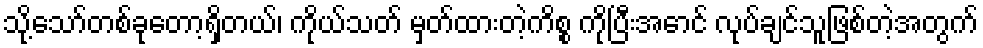
သို့သော်တစ်ခုတော့ရှိတယ်၊ ကိုယ်သတ် မှတ်ထားတဲ့ကိစ္စ ကိုပြီးအောင် လုပ်ချင်သူဖြစ်တဲ့အတွက်